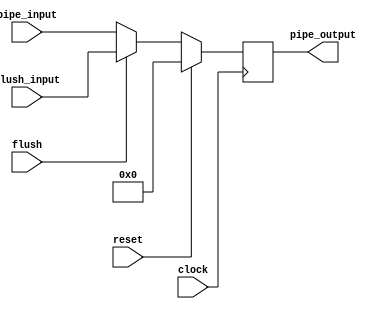
module pipeline_register #(
  parameter PIPE_WIDTH = 32
) (
  input  clock,
  input  reset,
  input  flush,
  input  [PIPE_WIDTH-1:0] pipe_input,
  input  [PIPE_WIDTH-1:0] flush_input,
  output [PIPE_WIDTH-1:0] pipe_output
);
reg [PIPE_WIDTH-1:0] pipe_reg;

always@(negedge clock) begin
  if(reset)
    pipe_reg <= {PIPE_WIDTH{1'b0}};
  else if (flush)
    pipe_reg <= flush_input;
  else
    pipe_reg <= pipe_input;
end

assign pipe_output = pipe_reg;

endmodule